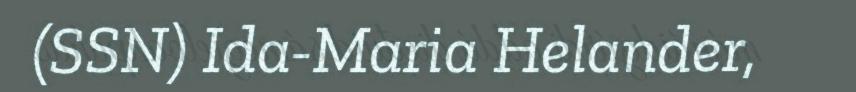
(SSN) Ida-Maria Helander,